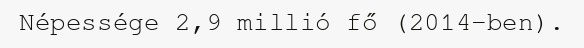
Népessége 2,9 millió fő (2014-ben).